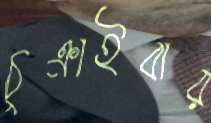
ঠুক্‌রাইবার